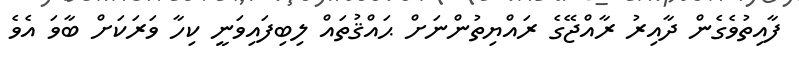
ފާއިތުވެގެން ދާއިރު ރާއްޖޭގެ ރައްޔިތުންނަށް ޙައްޤުތައް ލިބިފައިވަނީ ކިހާ ވަރަކަށް ބާވަ އެވެ